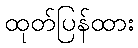
ထုတ်ပြန်ထား